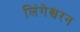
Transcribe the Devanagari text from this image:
लिंगेश्वरन